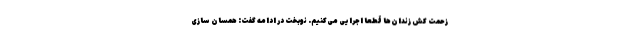
زحمت کش زندان‌ها قطعاً اجرایی می‌کنیم. نوبخت در ادامه گفت: همسان سازی